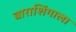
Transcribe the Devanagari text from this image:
बाराशिंगाला